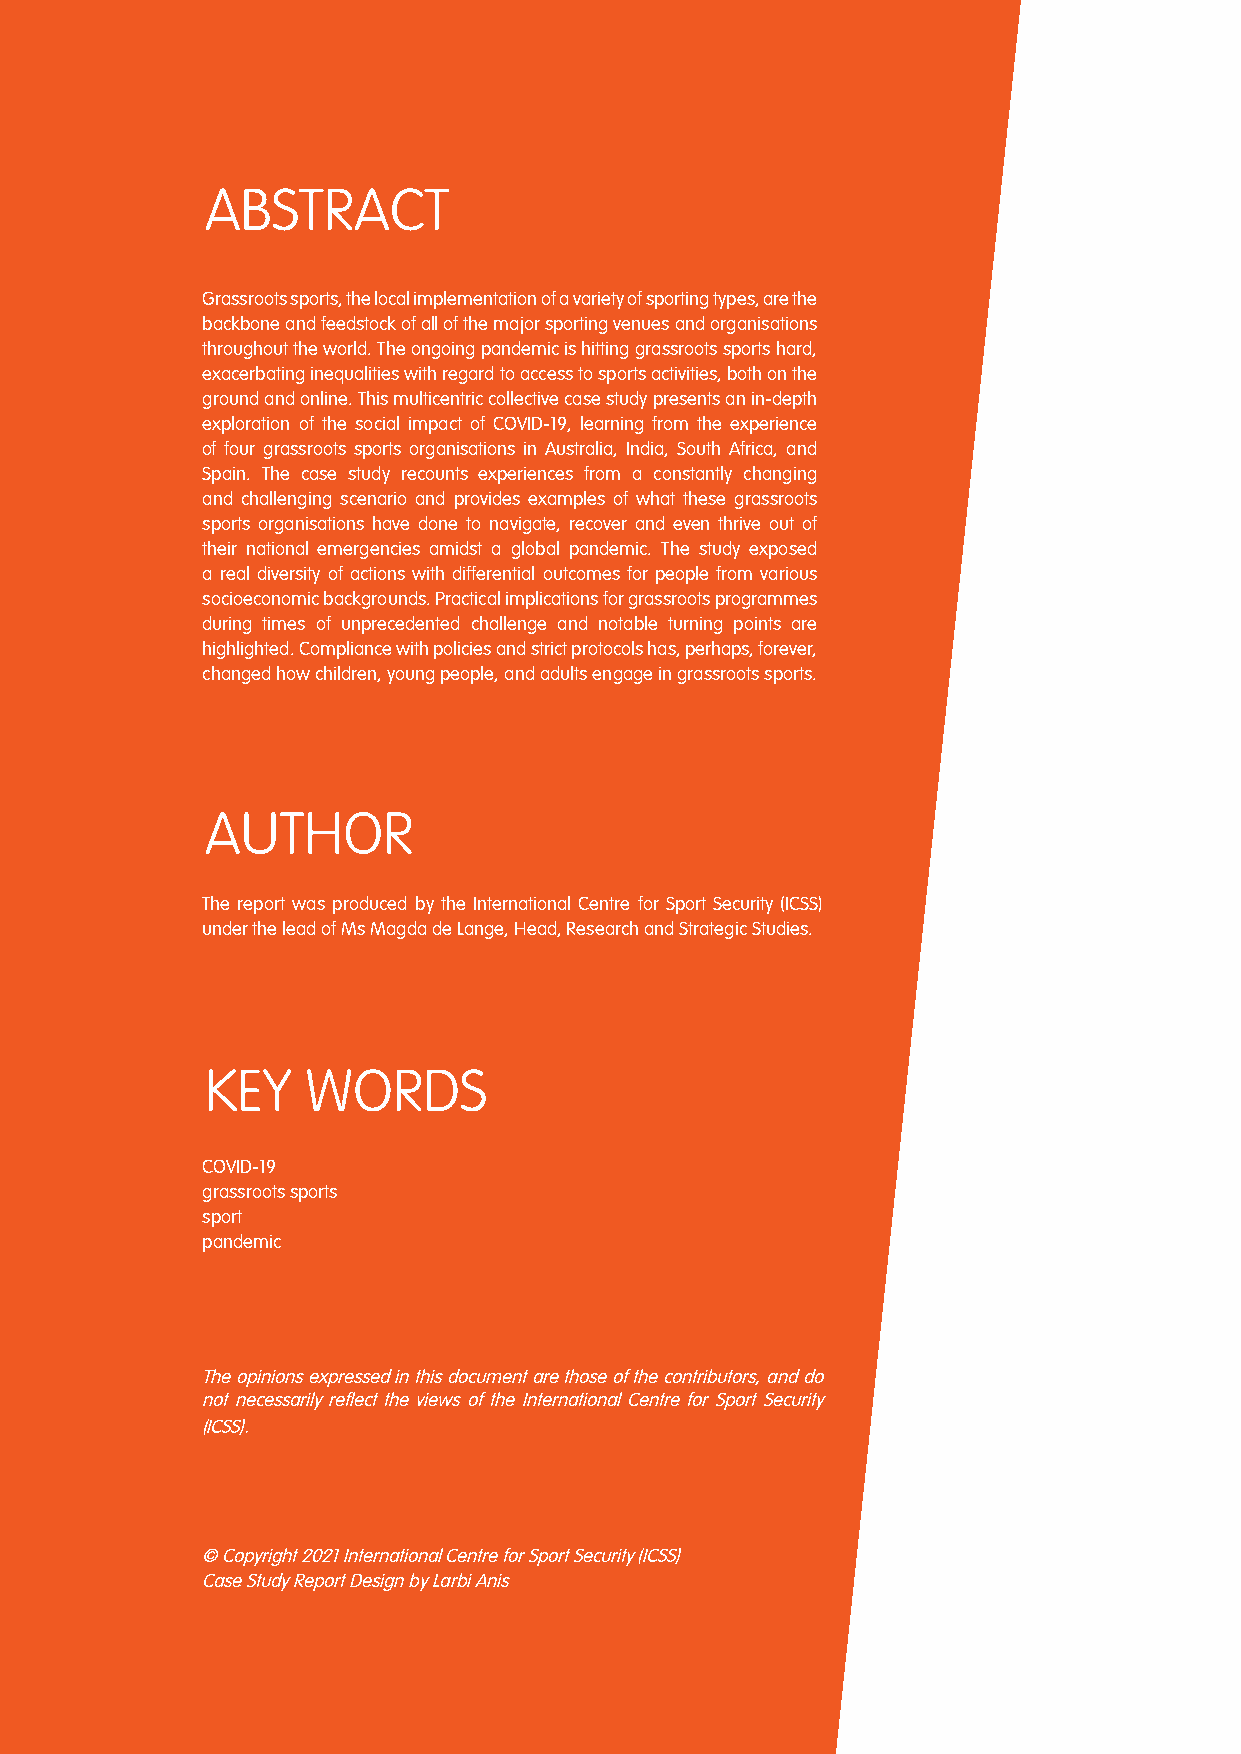
THE IMPACT OF COVID-19 ON GRASSROOTS SPORTS I JUNE 2021
 ABSTRACT
 Grassroots sports, the local implementation of a variety of sporting types, are the
 backbone and feedstock of all of the major sporting venues and organisations
 throughout the world. The ongoing pandemic is hitting grassroots sports hard,
 exacerbating inequalities with regard to access to sports activities, both on the
 ground and online. This multicentric collective case study presents an in-depth
 exploration of the social impact of COVID-19, learning from the experience
 of four grassroots sports organisations in Australia, India, South Africa, and
 Spain. The case study recounts experiences from a constantly changing
 and challenging scenario and provides examples of what these grassroots
 sports organisations have done to navigate, recover and even thrive out of
 their national emergencies amidst a global pandemic. The study exposed
 a real diversity of actions with differential outcomes for people from various
 socioeconomic backgrounds. Practical implications for grassroots programmes
 during times of unprecedented challenge and notable turning points are
 highlighted. Compliance with policies and strict protocols has, perhaps, forever,
 changed how children, young people, and adults engage in grassroots sports.
 AUTHOR
 The report was produced by the International Centre for Sport Security (ICSS)
 under the lead of Ms Magda de Lange, Head, Research and Strategic Studies.
 KEY   WORDS
 COVID-19
 grassroots sports
 sport
 pandemic
 The opinions expressed in this document are those of the contributors, and do
 not necessarily reflect the views of the International Centre for Sport Security
 (ICSS).
 © Copyright 2021 International Centre for Sport Security (ICSS)
 Case Study Report Design by Larbi Anis
 3